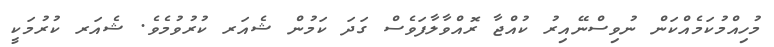
މުހިއްމުކަމެއްކަން ނުވިސްނޭއިރު ކުއްޖާ ރޮއްވާލާފަވެސް ގަދަ ކަމުން ޝެއަރ ކުރުވުމެވެ. ޝެއަރ ކުރުމަކީ